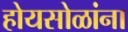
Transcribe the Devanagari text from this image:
होयसोळांना